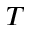
T